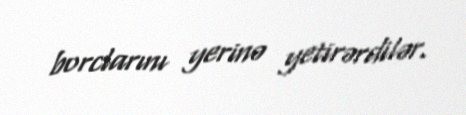
borclarını yerinə yetirərdilər.